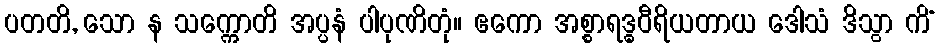
ပတတိ, သော န သက္ကောတိ အပ္ပနံ ပါပုဏိတုံ။ ဧကော အစ္စာရဒ္ဓဝီရိယတာယ ဒေါသံ ဒိသွာ ကိံ